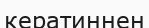
кератиннен